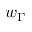
w _ { \Gamma }